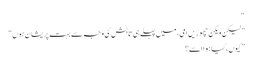
“
” لیکن ویکن چھوڑیں امی، میں پہلے ہی تابش کی وجہ سے بہت پریشان ہوں“
” کیوں، کیا ہوا اسے؟